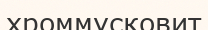
хроммусковит